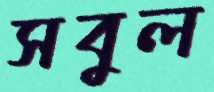
সবুল